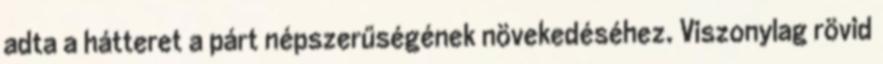
adta a hátteret a párt népszerűségének növekedéséhez. Viszonylag rövid